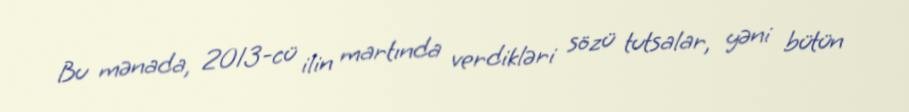
Bu mənada, 2013-cü ilin martında verdikləri sözü tutsalar, yəni bütün